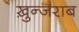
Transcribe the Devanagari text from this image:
ख़ुन्जराब